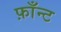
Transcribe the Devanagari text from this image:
फ़ाँन्ट